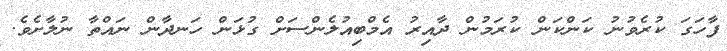
ފާހަގަ ކުރެވުނު ކަންކަން ކުރަމުން ދާއިރު އެމްބިއުލެންސަށް ގުޅަން ހަނދާން ނައްތާ ނުލާށެވެ.